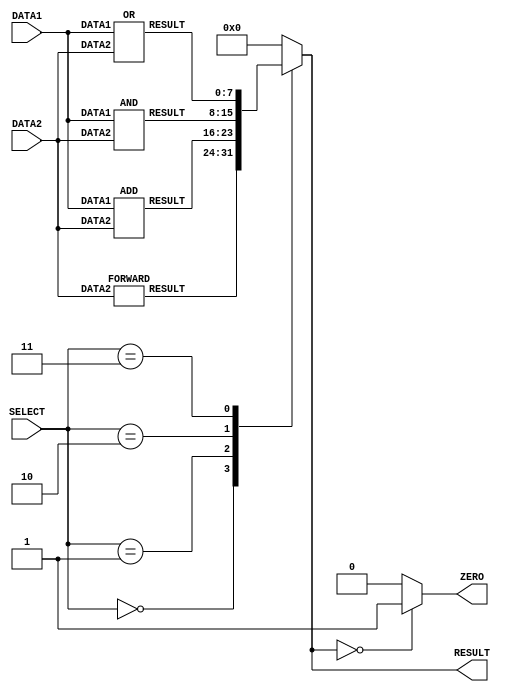
/*
    Lab05-Building A Simple Processor Part 1
    Group-26 (E/18/245,E/18/017)
*/

/***********ALU******************/
module alu(DATA1,DATA2,RESULT,ZERO,SELECT);
    input [7:0] DATA1;//OPERAND1
    input [7:0] DATA2;//OPERAND2
    input [2:0] SELECT;//ALUOP 
    output reg [7:0] RESULT;//ALURESULT 
    output ZERO;//ZERO output port to indicate whether the result of a subtract operation is zero or not in order to implement the beq instruction
    wire [7:0] FORWARD_WIRE, ADD_WIRE, AND_WIRE, OR_WIRE;

    FORWARD forward1(DATA2,FORWARD_WIRE);
    ADD add1(DATA1,DATA2,ADD_WIRE);
    AND and1(DATA1,DATA2,AND_WIRE);
    OR or1(DATA1,DATA2,OR_WIRE);

    always@(FORWARD_WIRE, ADD_WIRE, AND_WIRE, OR_WIRE,SELECT)
    begin
        case(SELECT)
            3'b000:
                RESULT=FORWARD_WIRE;//FORWARD func
            3'b001:
                RESULT=ADD_WIRE;//ADD func
            3'b010:
                RESULT=AND_WIRE;//AND func
            3'b011:
                RESULT=OR_WIRE;//OR func
            default:
                RESULT=0;//Reserved
        endcase
    end
    assign ZERO=(RESULT==8'b0)? 1'b1 : 1'b0;//(ZERO=~(RESULT))
endmodule


module FORWARD(DATA2,RESULT);

    input [7:0] DATA2;
    output reg [7:0] RESULT;

    always@(DATA2)
    begin
    #1 RESULT=DATA2;
end

endmodule

module ADD(DATA1,DATA2,RESULT);

    input [7:0] DATA1,DATA2;
    output reg [7:0] RESULT;

    always@(DATA1,DATA2)
    begin
    #2 RESULT= DATA1 + DATA2;
end

endmodule

module AND(DATA1,DATA2,RESULT);

    input [7:0] DATA1,DATA2;
    output reg [7:0] RESULT;

    always@(DATA1,DATA2)
    begin
    #1 RESULT= DATA1 & DATA2;
end

endmodule

module OR(DATA1,DATA2,RESULT);

    input [7:0] DATA1,DATA2;
    output reg [7:0] RESULT;

    always@(DATA1,DATA2)
    begin
    #1 RESULT= DATA1 | DATA2;
end

endmodule
// module testbench;//testbench for alu
//     //alu inputs
//     reg [7:0] data1,data2;
//     reg [2:0] select;
//     //alu output
//     wire [7:0] out;

//     alu al(data1,data2,out,select);

//     integer i;

//     initial begin
//         $dumpfile("alu.vcd");
//         $dumpvars(0,testbench);

//         select=3'b000; 
//         data1=8'b00011010; //26
//         data2=8'b00010111; //23
                    
//         #10 select=3'b001; 
//         data1=8'b00010100; //20
//         data2=8'b00001111; //15
                    
//         #10 select=3'b010;
//         data1=8'b00110010; //50
//         data2=8'b00100101; //37
                    
//         #10 select=3'b011;
//         data1=8'b01100100; //100
//         data2=8'b11111010; //250
    

//     end

//     initial begin
//         $monitor("time=%3d data1=%d data2=%d select=%3b out=%d",$time,data1,data2,select,out);
//     end
// endmodule